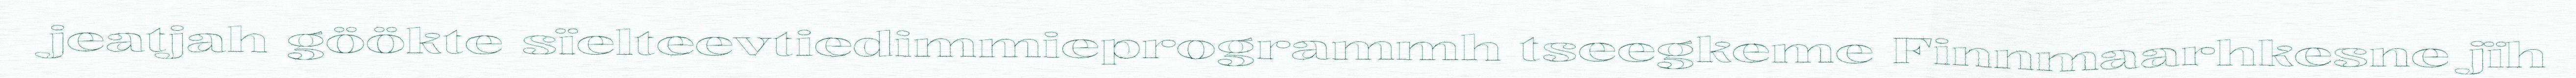
jeatjah göökte sïelteevtiedimmieprogrammh tseegkeme Finnmaarhkesne jïh